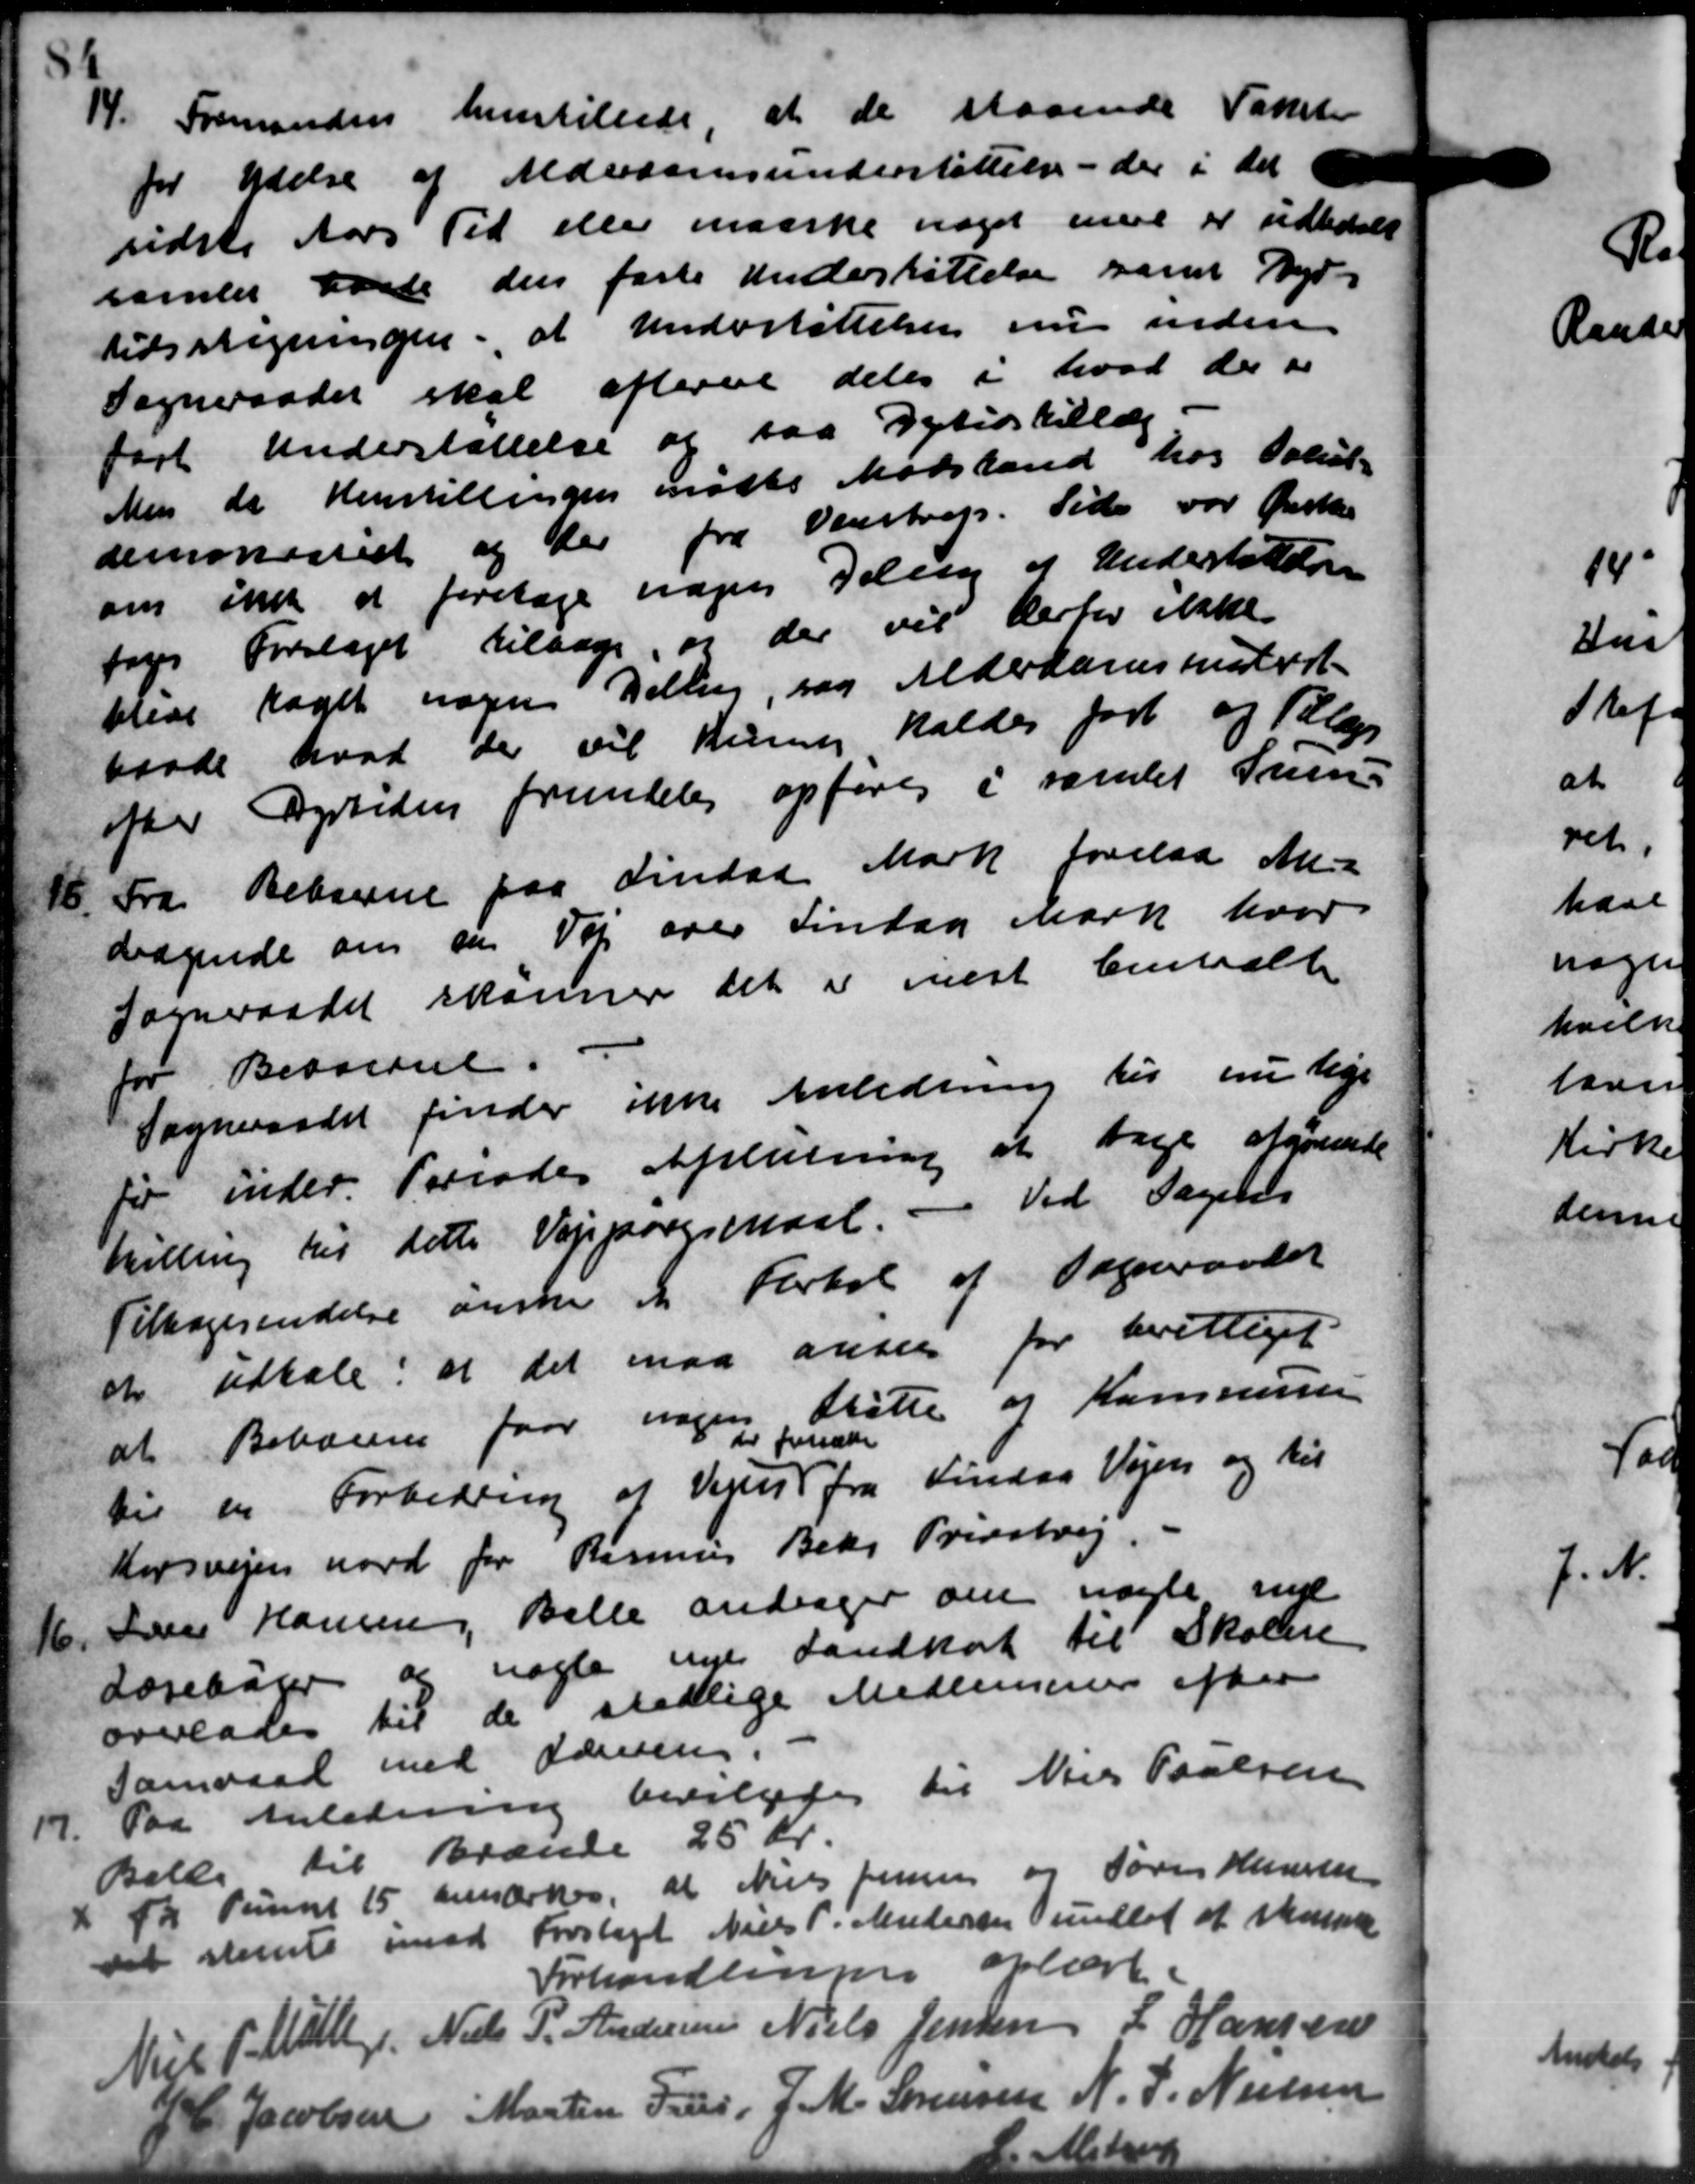
Transskription:
14. Formanden henstillede, at de staaende
14. Formanden henstillede, at de staaende
for Ydelse af Alderdomsunderstøttelse - der i det
sidste Aars Tid eller maaske noget mere er udbedels
samles beste den faste Undersøttelse samt Dyr
tidsstigningen, at Understøttelser nu inden
Sogneraadet skal efterne deles i hvad der er
fast Understøttelse og paa Dyrtidstillæg.
Men da Henstillingen mødte Mødstand hos Polit
demoestiet og der fra Venstrup. Side var Past
om ikke at foretage sager deling af Understøttelse
toges Forslaget tilsage, og der vil derfor ikke
blive taget nogen Delling, sog Alderdomsunderst
raade hvad der vil kunne kaldes ført og Bilags
ikker Dyrtiden fremdeles opføres i samlet Sum
16. Fra Beboerne paa Lindaa Mark forelaa An-
16. Fra Beboerne paa Lindaa Mark forelaa An-
dragende om en Vej over Lindag mark hvor
Sogneraadet skønner det er indst Centralt
for Beboerne.
Sogneraadet finder ikke Anledning til nu lige
for under Periodes Afslutning at tage afgørende
hilling til dette Vejspørgsmaal. - Ved Sagens
Tilbagesendelse ønske at Fortal af Sogneraadet
at udtale, at det maa anse for berettiget
at Beboerne faar nogen Støtte og Kommunen
til en Forbedring af Vejst fra Lindaa Vejen og til
Korsvejen nord for Rasmus Beks Prinsbrug.
16. Lærer Hansen, Balle andrager om nogle ind
16. Lærer Hansen, Balle andrager om nogle ind
Lærebøger og nogle nye Landkat til Skolen
overlades til de stedlige Medlemmer efter
Samraad med Lærering.
17.
Paa Anledning bevilgedes til Niels Poulsen
Bille til Brænde 25 Kr.
B Pumret 15 bemærkes, at Niels Jensen og Søren Hansen
det stemte imod Forslagt Niels P. Andersen undløb af skue
Forhandlingen oplære.
Niel P Møller Niels P. Andersen Niels Jensen L Hansen
441 Jacobsen Martin Peder, J. M. Sørensen N. J. Nielsen
ste